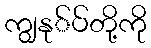
ကျွနု်ပ်တို့ကို